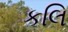
કલિ